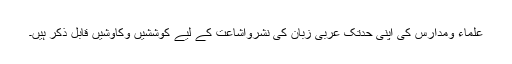
علماء ومدارس کی اپنی حدتک عربی زبان کی نشرواشاعت کے لیے کوششیں وکاوشیں قابل ذکر ہیں۔